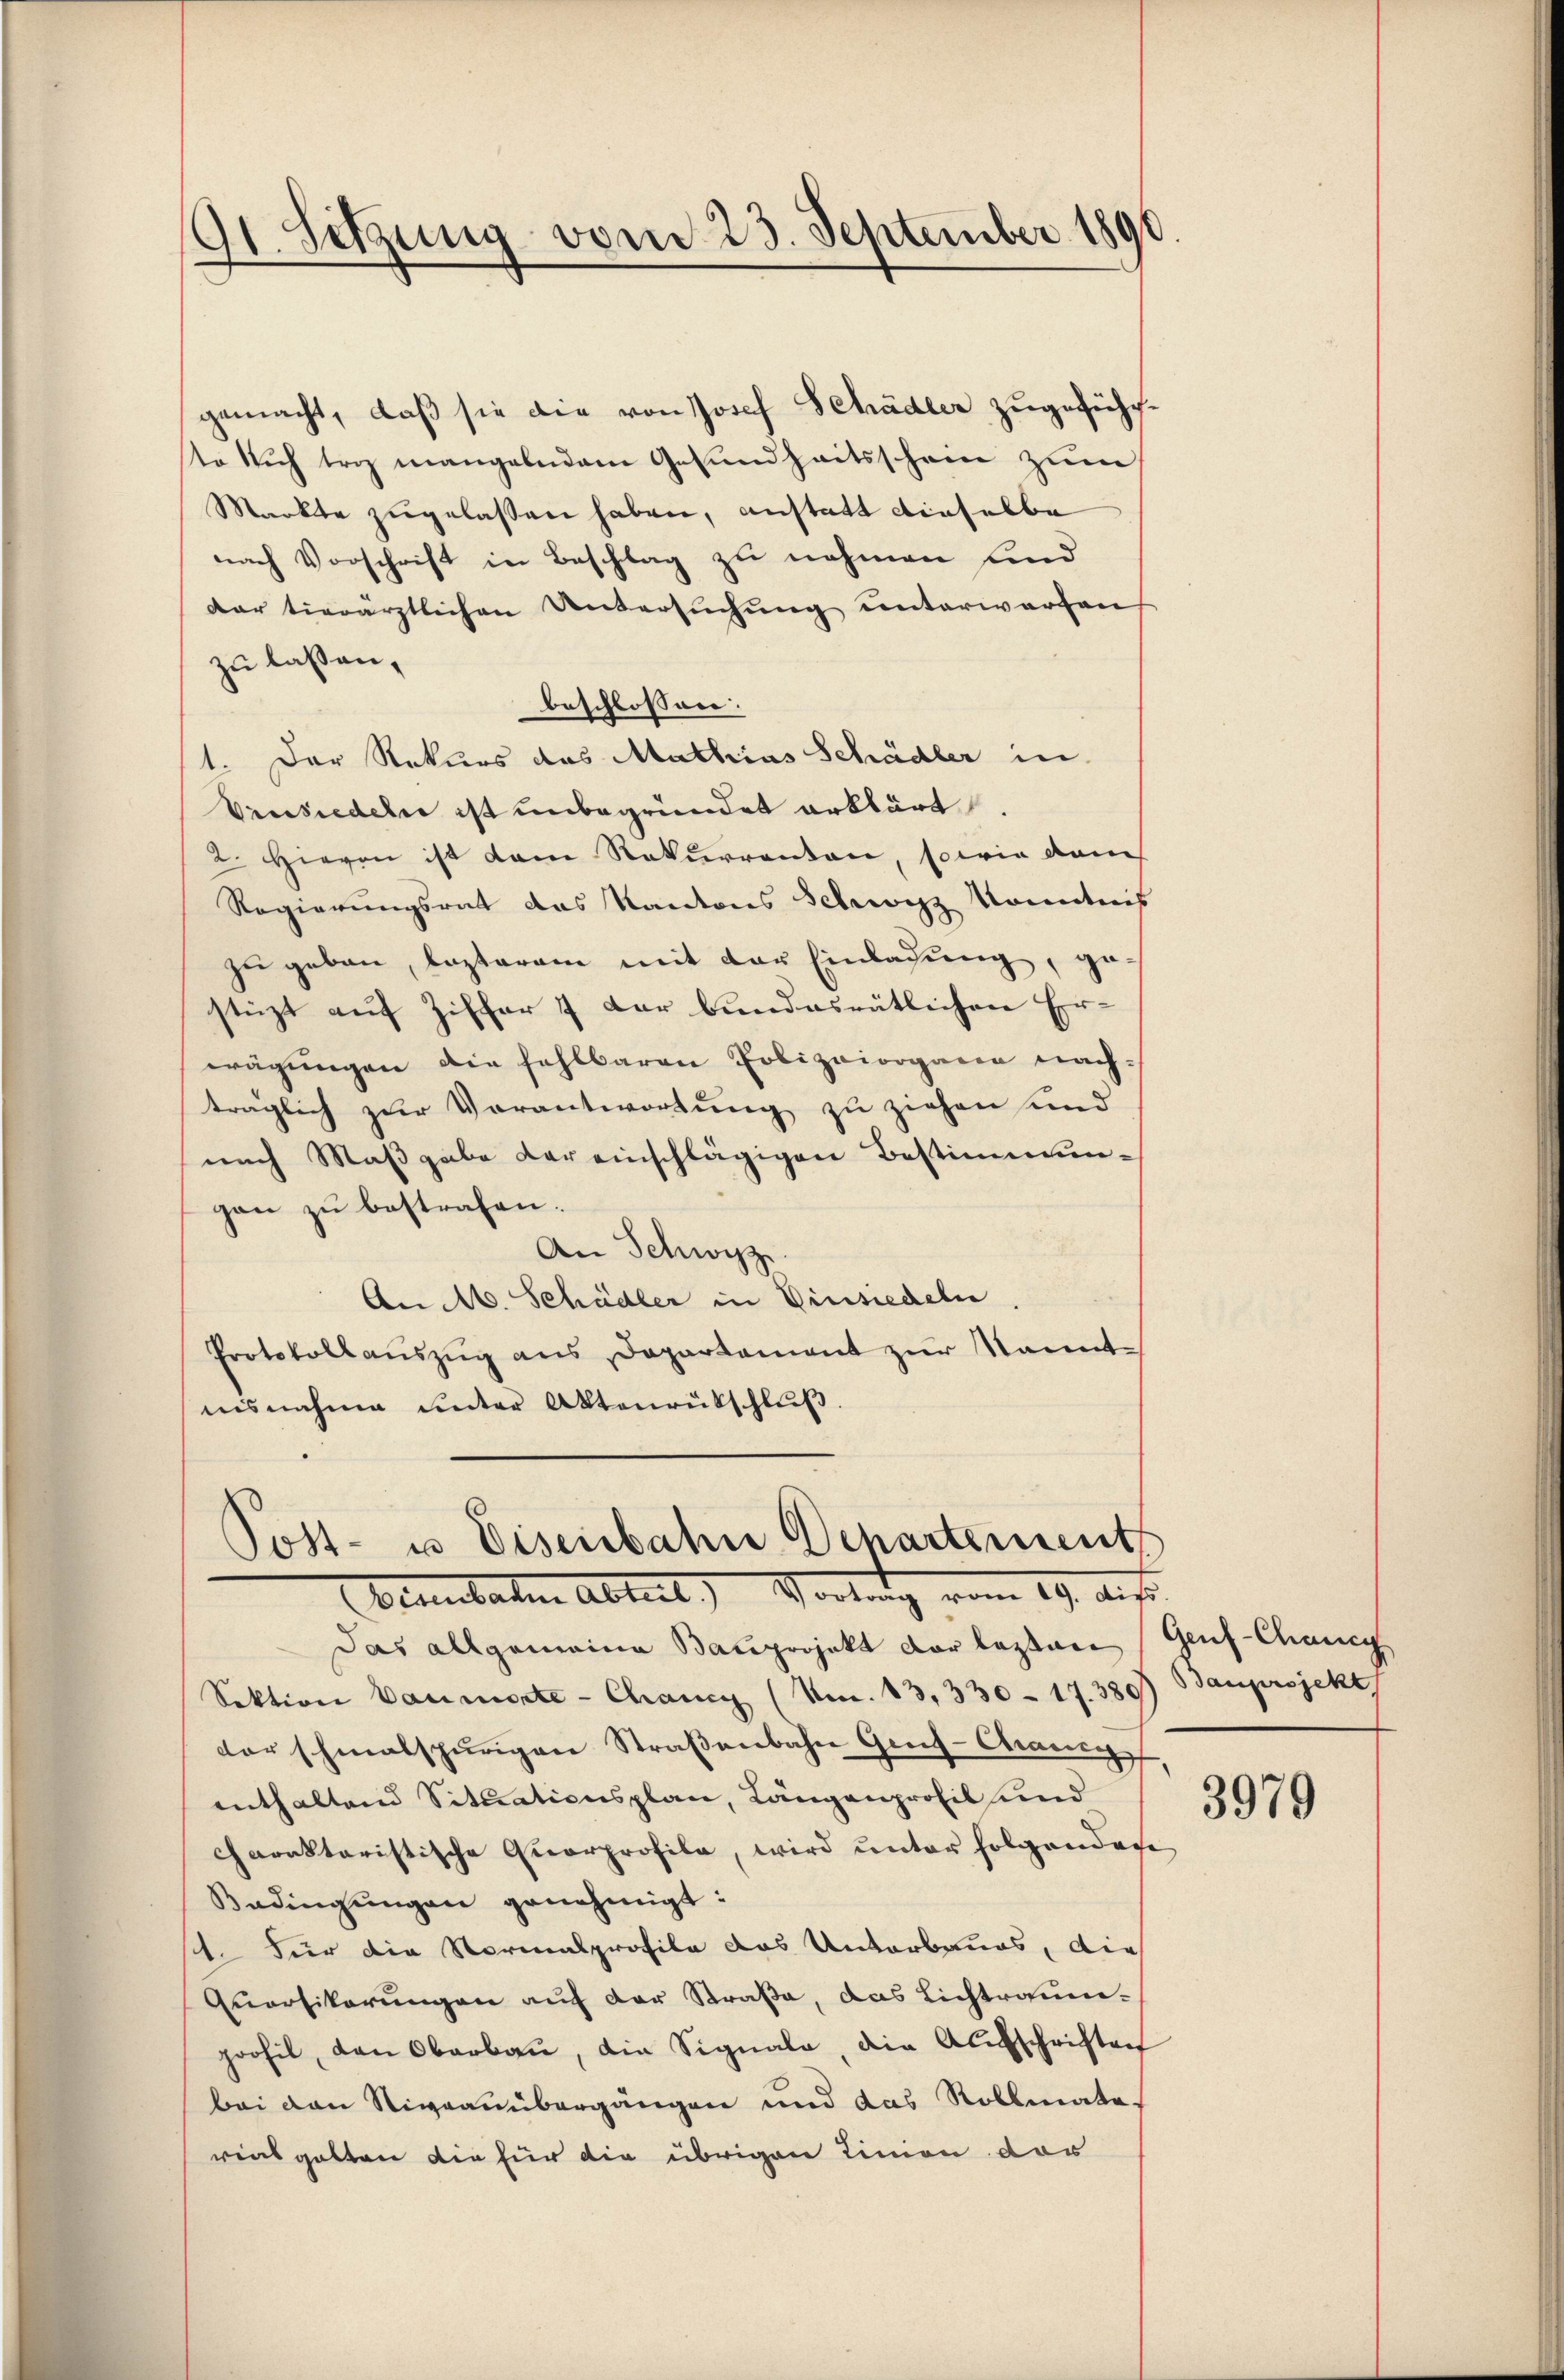
91. Setzung vom 23. September 1890.

gemacht, daß sie die von Josef Schädler zugeführto sich trag mangelndem Gesundheitsschein zum
Markte zugelassen haben, anstatt dieselbe
nach Vorschrift in Beschlag zu nehmen und
dar tierärztlichen Untersŭchŭng ŭnterwarten
zu lassen,
beschlossen.
1. Der Rekurs das Mathias Schädler in
Vrusiedeln ist unbegründet erklärt.
2. Hievon ist dem Rekurrenten, sowie dem
Regierungsrat das Kantons Schwyz Kenntnis
zu geben, lezterem mit der Einladung, gestüzt auf Ziffer & der bundesrätlichen Er-
wägungen die fahlbaren Polizeiorgane nachträglich zur Vorantwortung zu ziehen und
nach Maßgabe der einschlägigen Bestimmungen zu bestrafen.
An Schwyz
An M. Schädler in Einsiedeln
Protokollauszug aus Departement zur kanntnisnahme unter Aktenrütschluß.

Post- u. Eisenbahn Departement
Vennbaren Abteil) Vortung vom 19. Aus

Das allgemeine Bauprojekt der lasten (Genf-Chancy
Sektion Baumerte Chang (Nm. 13, 330 - 17. 389) Bauprojekt
der schmalspurigen Straßenbahn Geif-Chance
enthaltend Situationsplan, Längenprofil und
charaktaristische Quarprofile, wird unter folgendere,
Bedingŭngen genehmigt:
s. Für die Normalprofile das Unterbaues, die
Quartikerungen auf der Straße, das Lichtraumprohil, von Oberbau, die Signale, die Aufschriften
bei den Niveauübergängen und das Rollmatorias galten die für die übrigen Linien vor

3979